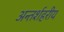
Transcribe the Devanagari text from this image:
अन्तर्शहरीय